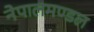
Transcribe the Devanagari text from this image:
नेपालमण्डल